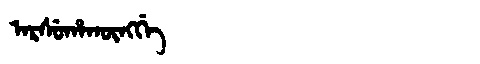
Manchu: ᠠᡵᠰᡠᡥᠠᡴᡡᠩᡤᡝ
Romanization: ARSUHAKŪNGGE